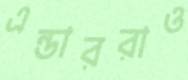
এন্ডাররাও